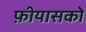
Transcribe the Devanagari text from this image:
फ़ीयासको